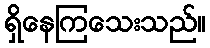
ရှိနေကြသေးသည်။